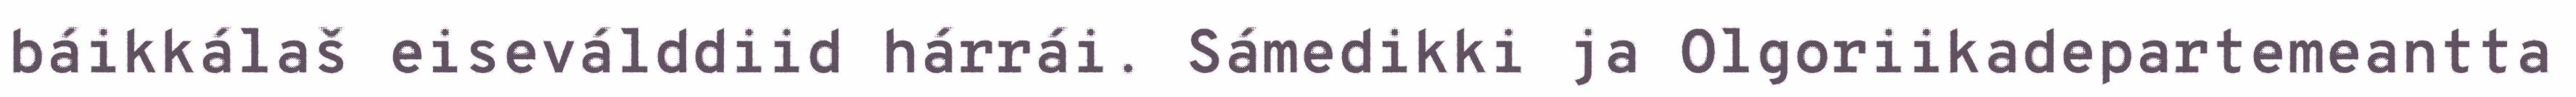
báikkálaš eiseválddiid hárrái. Sámedikki ja Olgoriikadepartemeantta